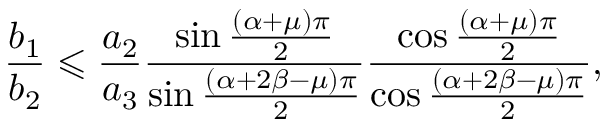
\frac { b _ { 1 } } { b _ { 2 } } \leqslant \frac { a _ { 2 } } { a _ { 3 } } \frac { \sin \frac { \left( \alpha + \mu \right) \pi } { 2 } } { \sin \frac { \left( \alpha + 2 \beta - \mu \right) \pi } { 2 } } \frac { \cos \frac { \left( \alpha + \mu \right) \pi } { 2 } } { \cos \frac { \left( \alpha + 2 \beta - \mu \right) \pi } { 2 } } ,